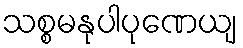
သစ္စမနုပါပုဏေယျ